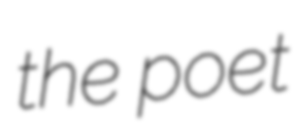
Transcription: the poet